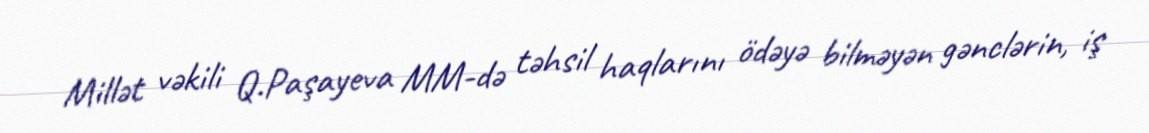
Millət vəkili Q.Paşayeva MM-də təhsil haqlarını ödəyə bilməyən gənclərin, iş